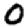
Digit: 0